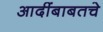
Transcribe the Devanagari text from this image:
आदींबाबतचे